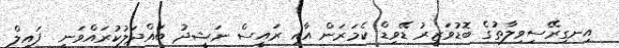
އިނގިރޭސިވިލާތުގެ ބޮޑުވަޒީރު ޑޭވިޑް ކެމަރަން އާއި ރައީސް ނަޝީދު ބައްދަލުކުރައްވަނީ  ފައިލް